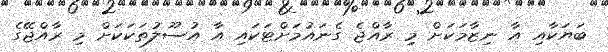
ބަޔަކާއި އާ ނިޒާމަކަށް މި ރާއްޖެ ގެނައުމަށްޓަކައި އާ އުސޫލުތަކަކަށް މި ރާއްޖޭގެ